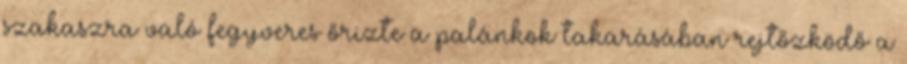
szakaszra való fegyveres őrizte a palánkok takarásában rejtőzködő a